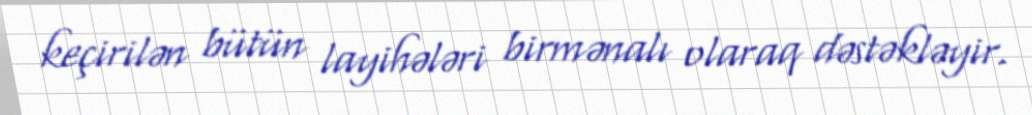
keçirilən bütün layihələri birmənalı olaraq dəstəkləyir.